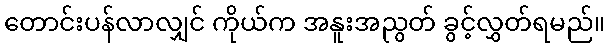
တောင်းပန်လာလျှင် ကိုယ်က အနူးအညွတ် ခွင့်လွှတ်ရမည်။